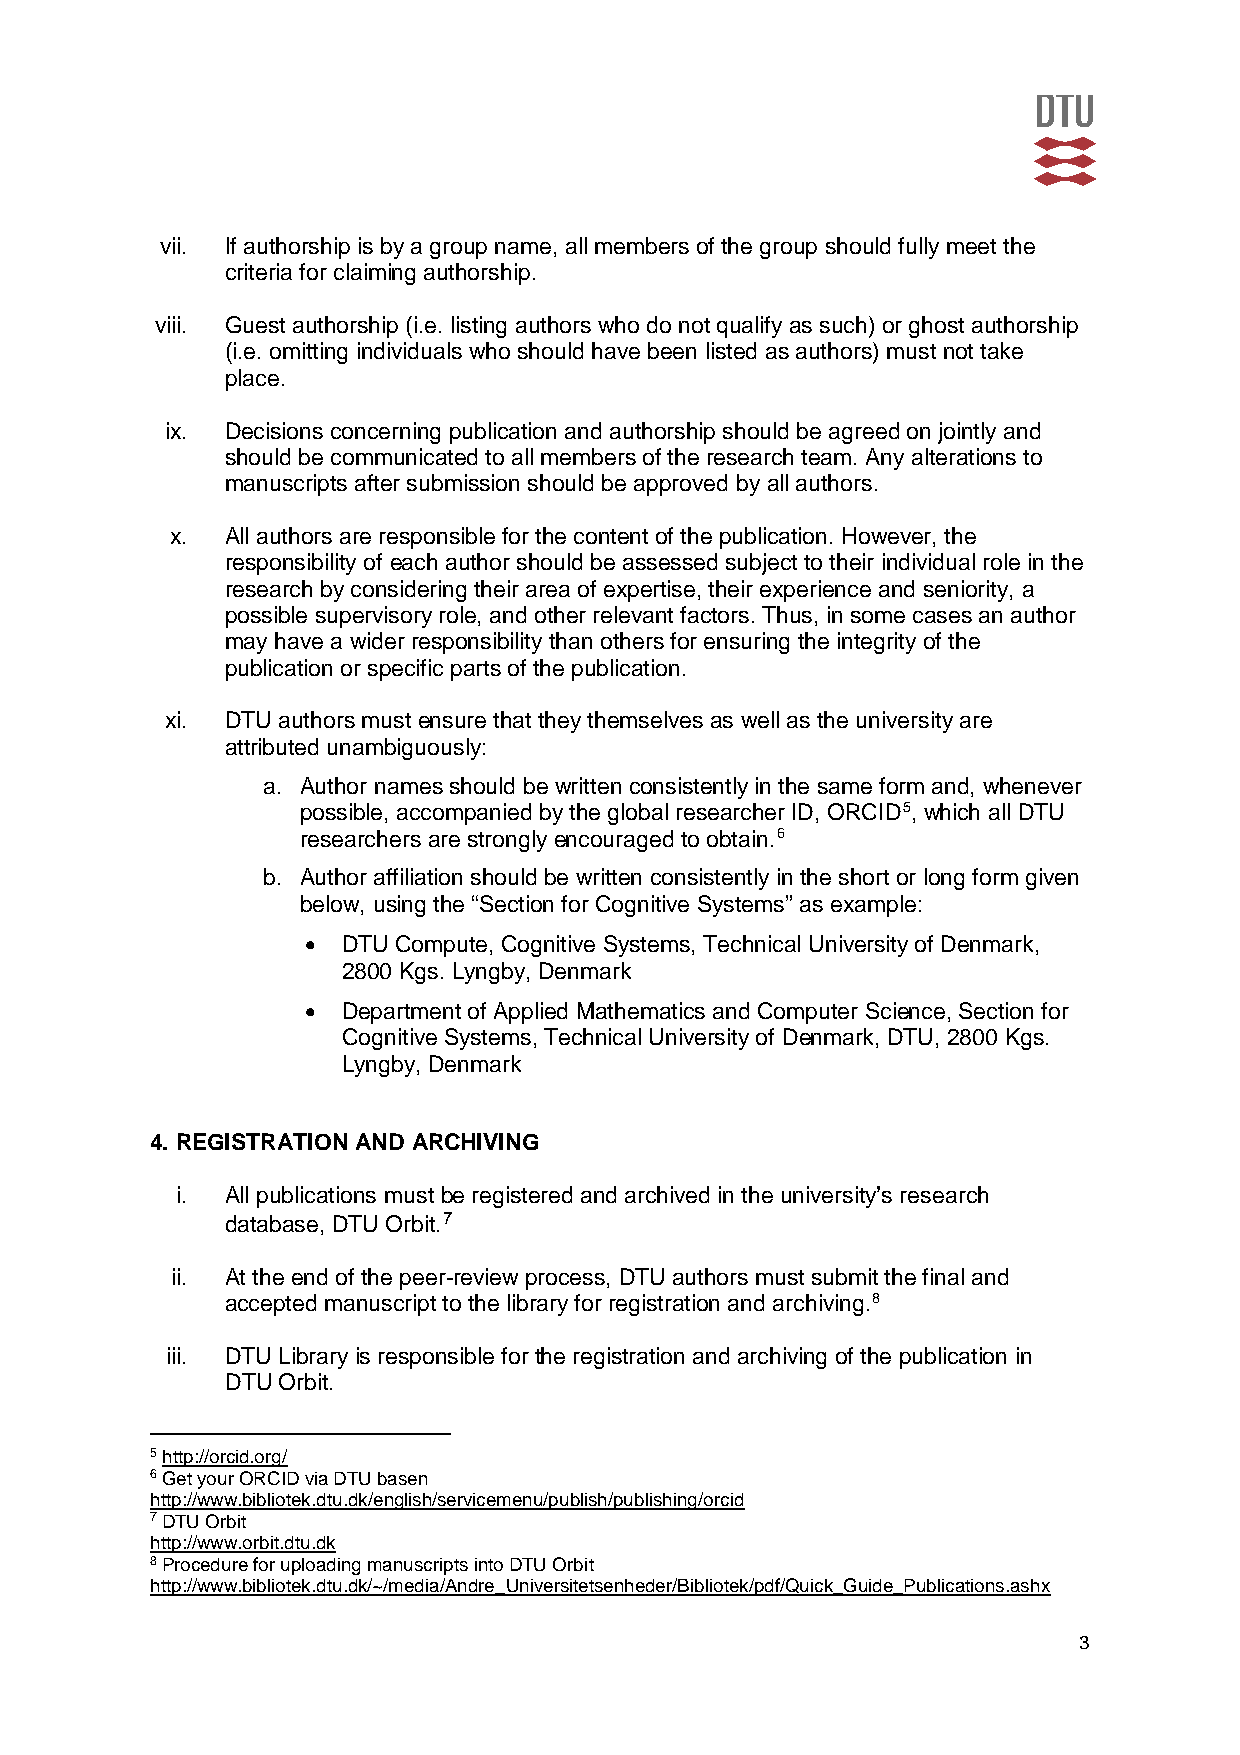
vii. If authorship is by a group name, all members of the group should fully meet the
 criteria for claiming authorship.
 viii. Guest authorship (i.e. listing authors who do not qualify as such) or ghost authorship
 (i.e. omitting individuals who should have been listed as authors) must not take
 place.
 ix. Decisions concerning publication and authorship should be agreed on jointly and
 should be communicated to all members of the research team. Any alterations to
 manuscripts after submission should be approved by all authors.
 x.  All authors are responsible for the content of the publication. However, the
 responsibility of each author should be assessed subject to their individual role in the
 research by considering their area of expertise, their experience and seniority, a
 possible supervisory role, and other relevant factors. Thus, in some cases an author
 may have a wider responsibility than others for ensuring the integrity of the
 publication or specific parts of the publication.
 xi. DTU authors must ensure that they themselves as well as the university are
 attributed unambiguously:
 a. Author names should be written consistently in the same form and, whenever
 possible, accompanied by the global researcher ID, ORCID5, which all DTU
 researchers are strongly encouraged to obtain.6
 b. Author affiliation should be written consistently in the short or long form given
 below, using the “Section for Cognitive Systems” as example:
 •  DTU Compute, Cognitive Systems, Technical University of Denmark,
 2800 Kgs. Lyngby, Denmark
 •  Department of Applied Mathematics and Computer Science, Section for
 Cognitive Systems, Technical University of Denmark, DTU, 2800 Kgs.
 Lyngby, Denmark
 4. REGISTRATION AND ARCHIVING
 i. All publications must be registered and archived in the university’s research
 database, DTU Orbit.7
 ii. At the end of the peer-review process, DTU authors must submit the final and
 accepted manuscript to the library for registration and archiving.8
 iii. DTU Library is responsible for the registration and archiving of the publication in
 DTU Orbit.
 5 http://orcid.org/
 6 G e t y o u r O R C I D v i a D T U b a s e n
 http://www.bibliotek.dtu.dk/english/servicemenu/publish/publishing/orcid
 7 DTU Orbit
 http://www.orbit.dtu.dk
 8 Procedure for uploading manuscripts into DTU Orbit
 http://www.bibliotek.dtu .dk/~/media/Andre_Universitetsenheder/Bibliotek/pdf/Quick_Guide_Publications.ashx
 3